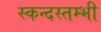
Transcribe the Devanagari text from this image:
स्कन्दस्तम्भी